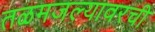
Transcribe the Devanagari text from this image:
तळमजल्यावरची